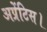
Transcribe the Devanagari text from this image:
अप्रेंटिस।